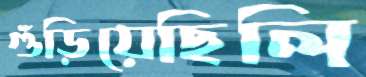
গুঁড়িয়েছিলি